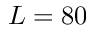
L = 8 0